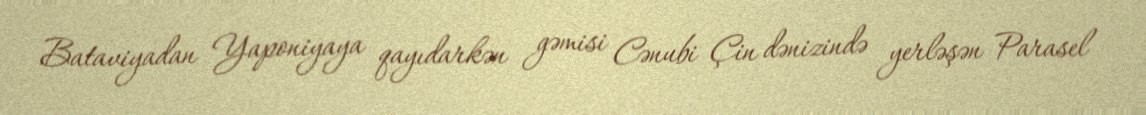
Bataviyadan Yaponiyaya qayıdarkən gəmisi Cənubi Çin dənizində yerləşən Parasel